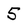
Character: 5